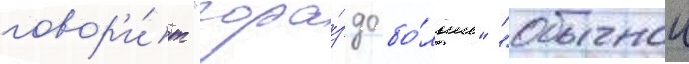
говор'и́т "гора́здо бо́льше" "обычнои